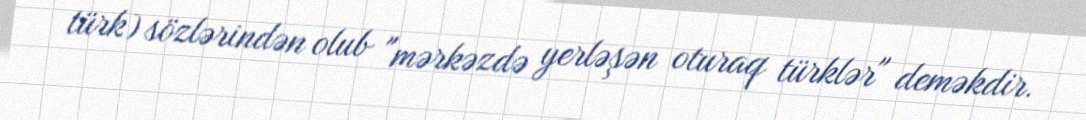
türk) sözlərindən olub "mərkəzdə yerləşən oturaq türklər" deməkdir.